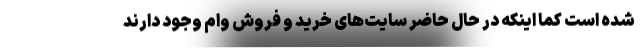
شده است کما اینکه در حال حاضر سایت‌های خرید و فروش وام وجود دارند